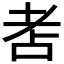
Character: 𦒻